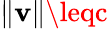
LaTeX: \| \mathbf{v}\| \leqc